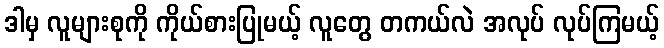
ဒါမှ လူများစုကို ကိုယ်စားပြုမယ့် လူတွေ တကယ်လဲ အလုပ် လုပ်ကြမယ့်